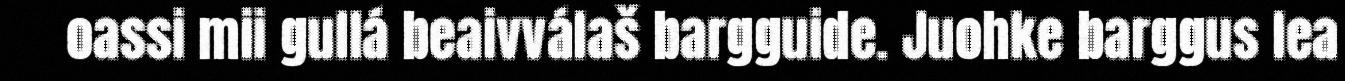
oassi mii gullá beaivválaš bargguide. Juohke barggus lea